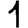
Digit: 1